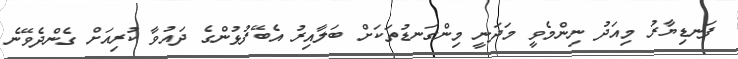
ފަނޑިޔާރު މިއަދު ނިންމެވީ މަދަނީ މިންގަނޑުތަކަށް ބަލާއިރު އެބޭފުޅުންގެ ދައުވާ ކުރިއަށް ގެންދެވޭނެ